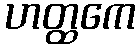
ဟတ္ထကေ